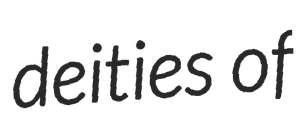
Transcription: deities of